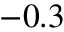
- 0 . 3